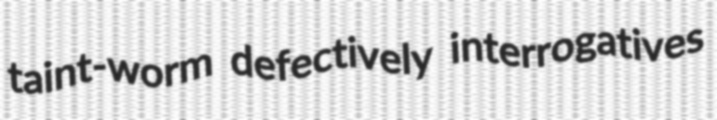
taint-worm defectively interrogatives